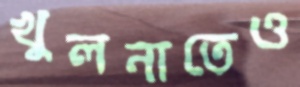
খুলনাতেও